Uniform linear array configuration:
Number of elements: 24
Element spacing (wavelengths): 0.5
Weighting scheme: kaiser
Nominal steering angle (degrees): -60
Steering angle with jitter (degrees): -58.682
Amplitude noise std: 0.05
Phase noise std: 0.05

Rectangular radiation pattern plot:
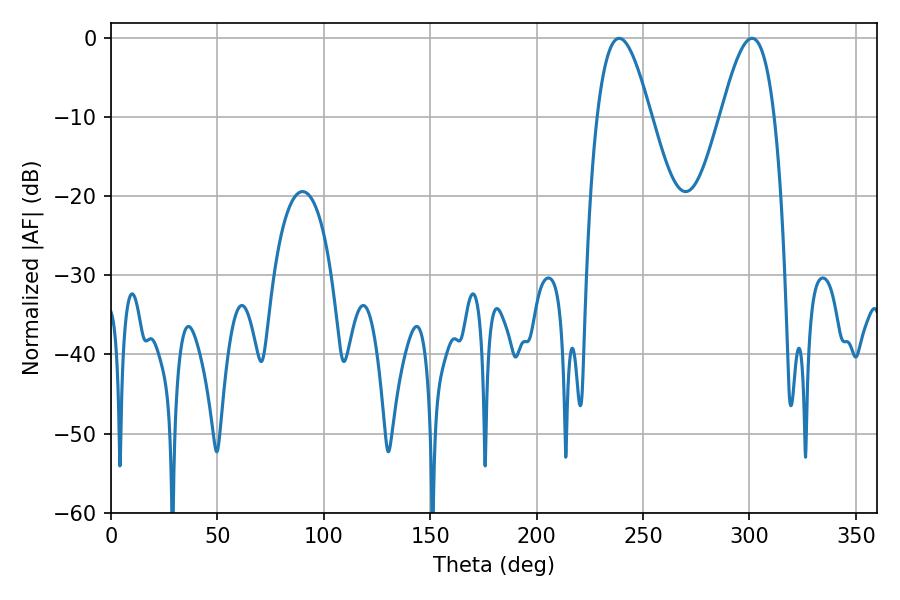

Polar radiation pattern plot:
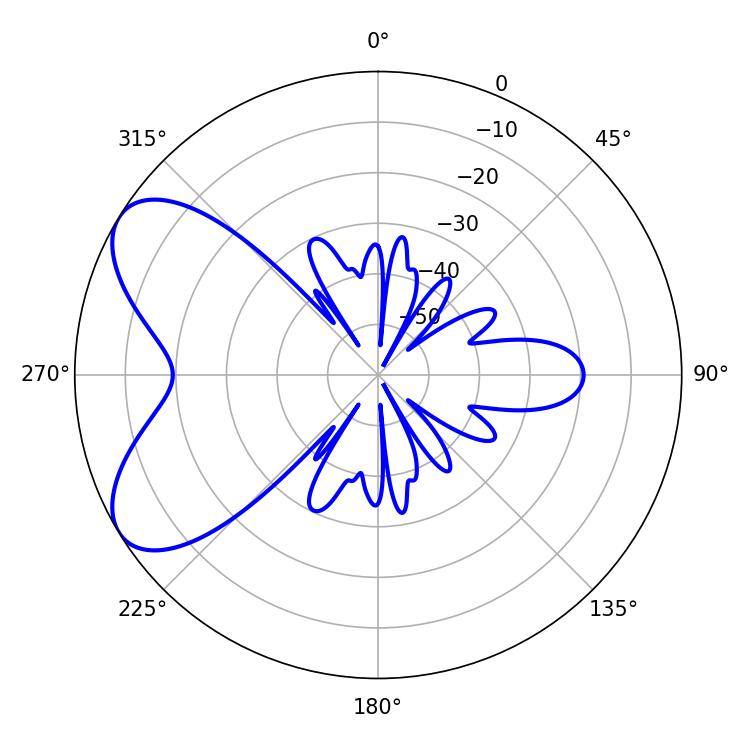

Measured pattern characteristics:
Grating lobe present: FALSE
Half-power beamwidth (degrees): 13.5
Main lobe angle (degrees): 301.14